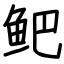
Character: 鲃